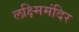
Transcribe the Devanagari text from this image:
लक्ष्मिमंदिर